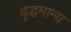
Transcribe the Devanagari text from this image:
वृद्धमान्य